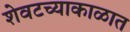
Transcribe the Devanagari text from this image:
शेवटच्याकाळात